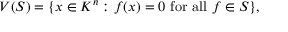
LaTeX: V ( S ) = \{ x \in K ^ { n } : f ( x ) = 0 { \mathrm { ~ f o r ~ a l l ~ } } f \in S \} ,